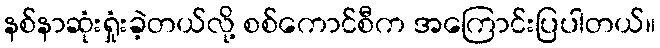
နစ်နာဆုံးရှုံးခဲ့တယ်လို့ စစ်ကောင်စီက အကြောင်းပြပါတယ်။